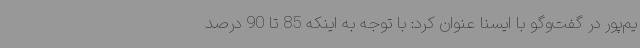
یم‌پور در گفت‌وگو با ایسنا عنوان کرد: با توجه به اینکه 85 تا 90 درصد